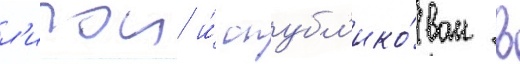
л'игои и́ опубл'ико́ван в